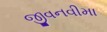
જીવનવીમા